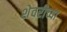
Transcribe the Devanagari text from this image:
शेवरीच्या